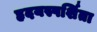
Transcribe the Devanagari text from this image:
हृदयस्पर्शिता